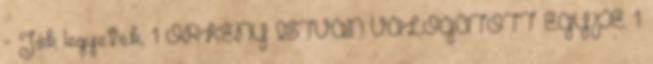
- Jók legyetek, 1 ÖRKÉNY ISTVÁN VÁLOGATOTT EGYPE 1